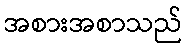
အစားအစာသည်